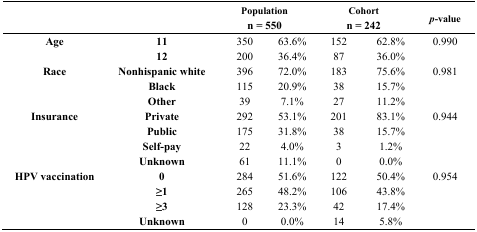
|  |  | <COLSPAN=2> Population | <COLSPAN=2> Cohort | <ROWSPAN=2> p-value |
 |  |  | <COLSPAN=2> n = 550 | <COLSPAN=2> n = 242 |
 | --- | --- | --- | --- | --- | --- | --- |
 | Age | 11 | 350 | 63.6% | 152 | 62.8% | 0.990 |
 |  | 12 | 200 | 36.4% | 87 | 36.0% |  |
 | Race | Nonhispanic white | 396 | 72.0% | 183 | 75.6% | 0.981 |
 |  | Black | 115 | 20.9% | 38 | 15.7% |  |
 |  | Other | 39 | 7.1% | 27 | 11.2% |  |
 | Insurance | Private | 292 | 53.1% | 201 | 83.1% | 0.944 |
 |  | Public | 175 | 31.8% | 38 | 15.7% |  |
 |  | Self-pay | 22 | 4.0% | 3 | 1.2% |  |
 |  | Unknown | 61 | 11.1% | 0 | 0.0% |  |
 | HPV vaccination | 0 | 284 | 51.6% | 122 | 50.4% | 0.954 |
 |  | ≥1 | 265 | 48.2% | 106 | 43.8% |  |
 |  | ≥3 | 128 | 23.3% | 42 | 17.4% |  |
 |  | Unknown | 0 | 0.0% | 14 | 5.8% |  |